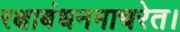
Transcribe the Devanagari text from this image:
रक्षाबंधनमाचरेत।